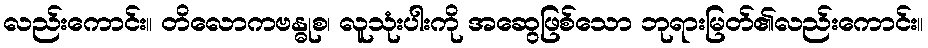
လည်းကောင်း။ တိလောကဗန္ဓုစ၊ လူသုံးပါးကို အဆွေဖြစ်သော ဘုရားမြတ်၏လည်းကောင်း။